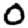
Digit: 0